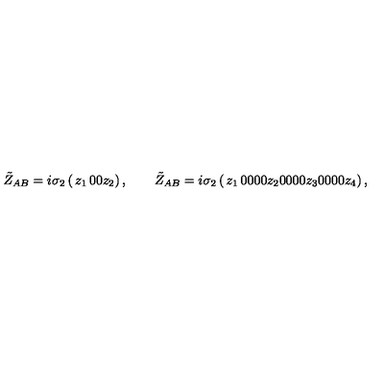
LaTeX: \tilde { Z } _ { A B } = i \sigma _ { 2 } \left( \begin{matrix} { z _ { 1 } } & { 0 } \\ { 0 } & { z _ { 2 } } \\ \end{matrix} \right) , \qquad \tilde { Z } _ { A B } = i \sigma _ { 2 } \left( \begin{matrix} { z _ { 1 } } & { 0 } & { 0 } & { 0 } \\ { 0 } & { z _ { 2 } } & { 0 } & { 0 } \\ { 0 } & { 0 } & { z _ { 3 } } & { 0 } \\ { 0 } & { 0 } & { 0 } & { z _ { 4 } } \\ \end{matrix} \right) ,